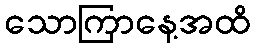
သောကြာနေ့အထိ